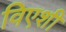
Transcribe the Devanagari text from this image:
विएशी